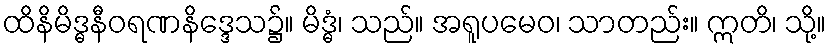
ထိနိမိဒ္ဓနီဝရဏနိဒ္ဒေသ၌။ မိဒ္ဓံ၊ သည်။ အရူပမေဝ၊ သာတည်း။ ဣတိ၊ သို့။